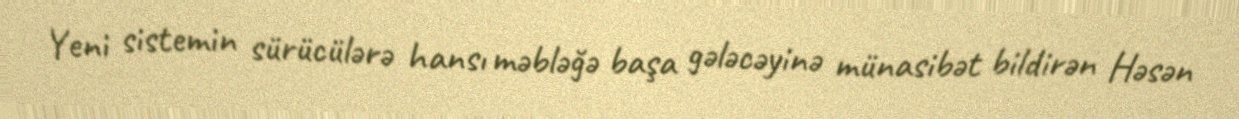
Yeni sistemin sürücülərə hansı məbləğə başa gələcəyinə münasibət bildirən Həsən